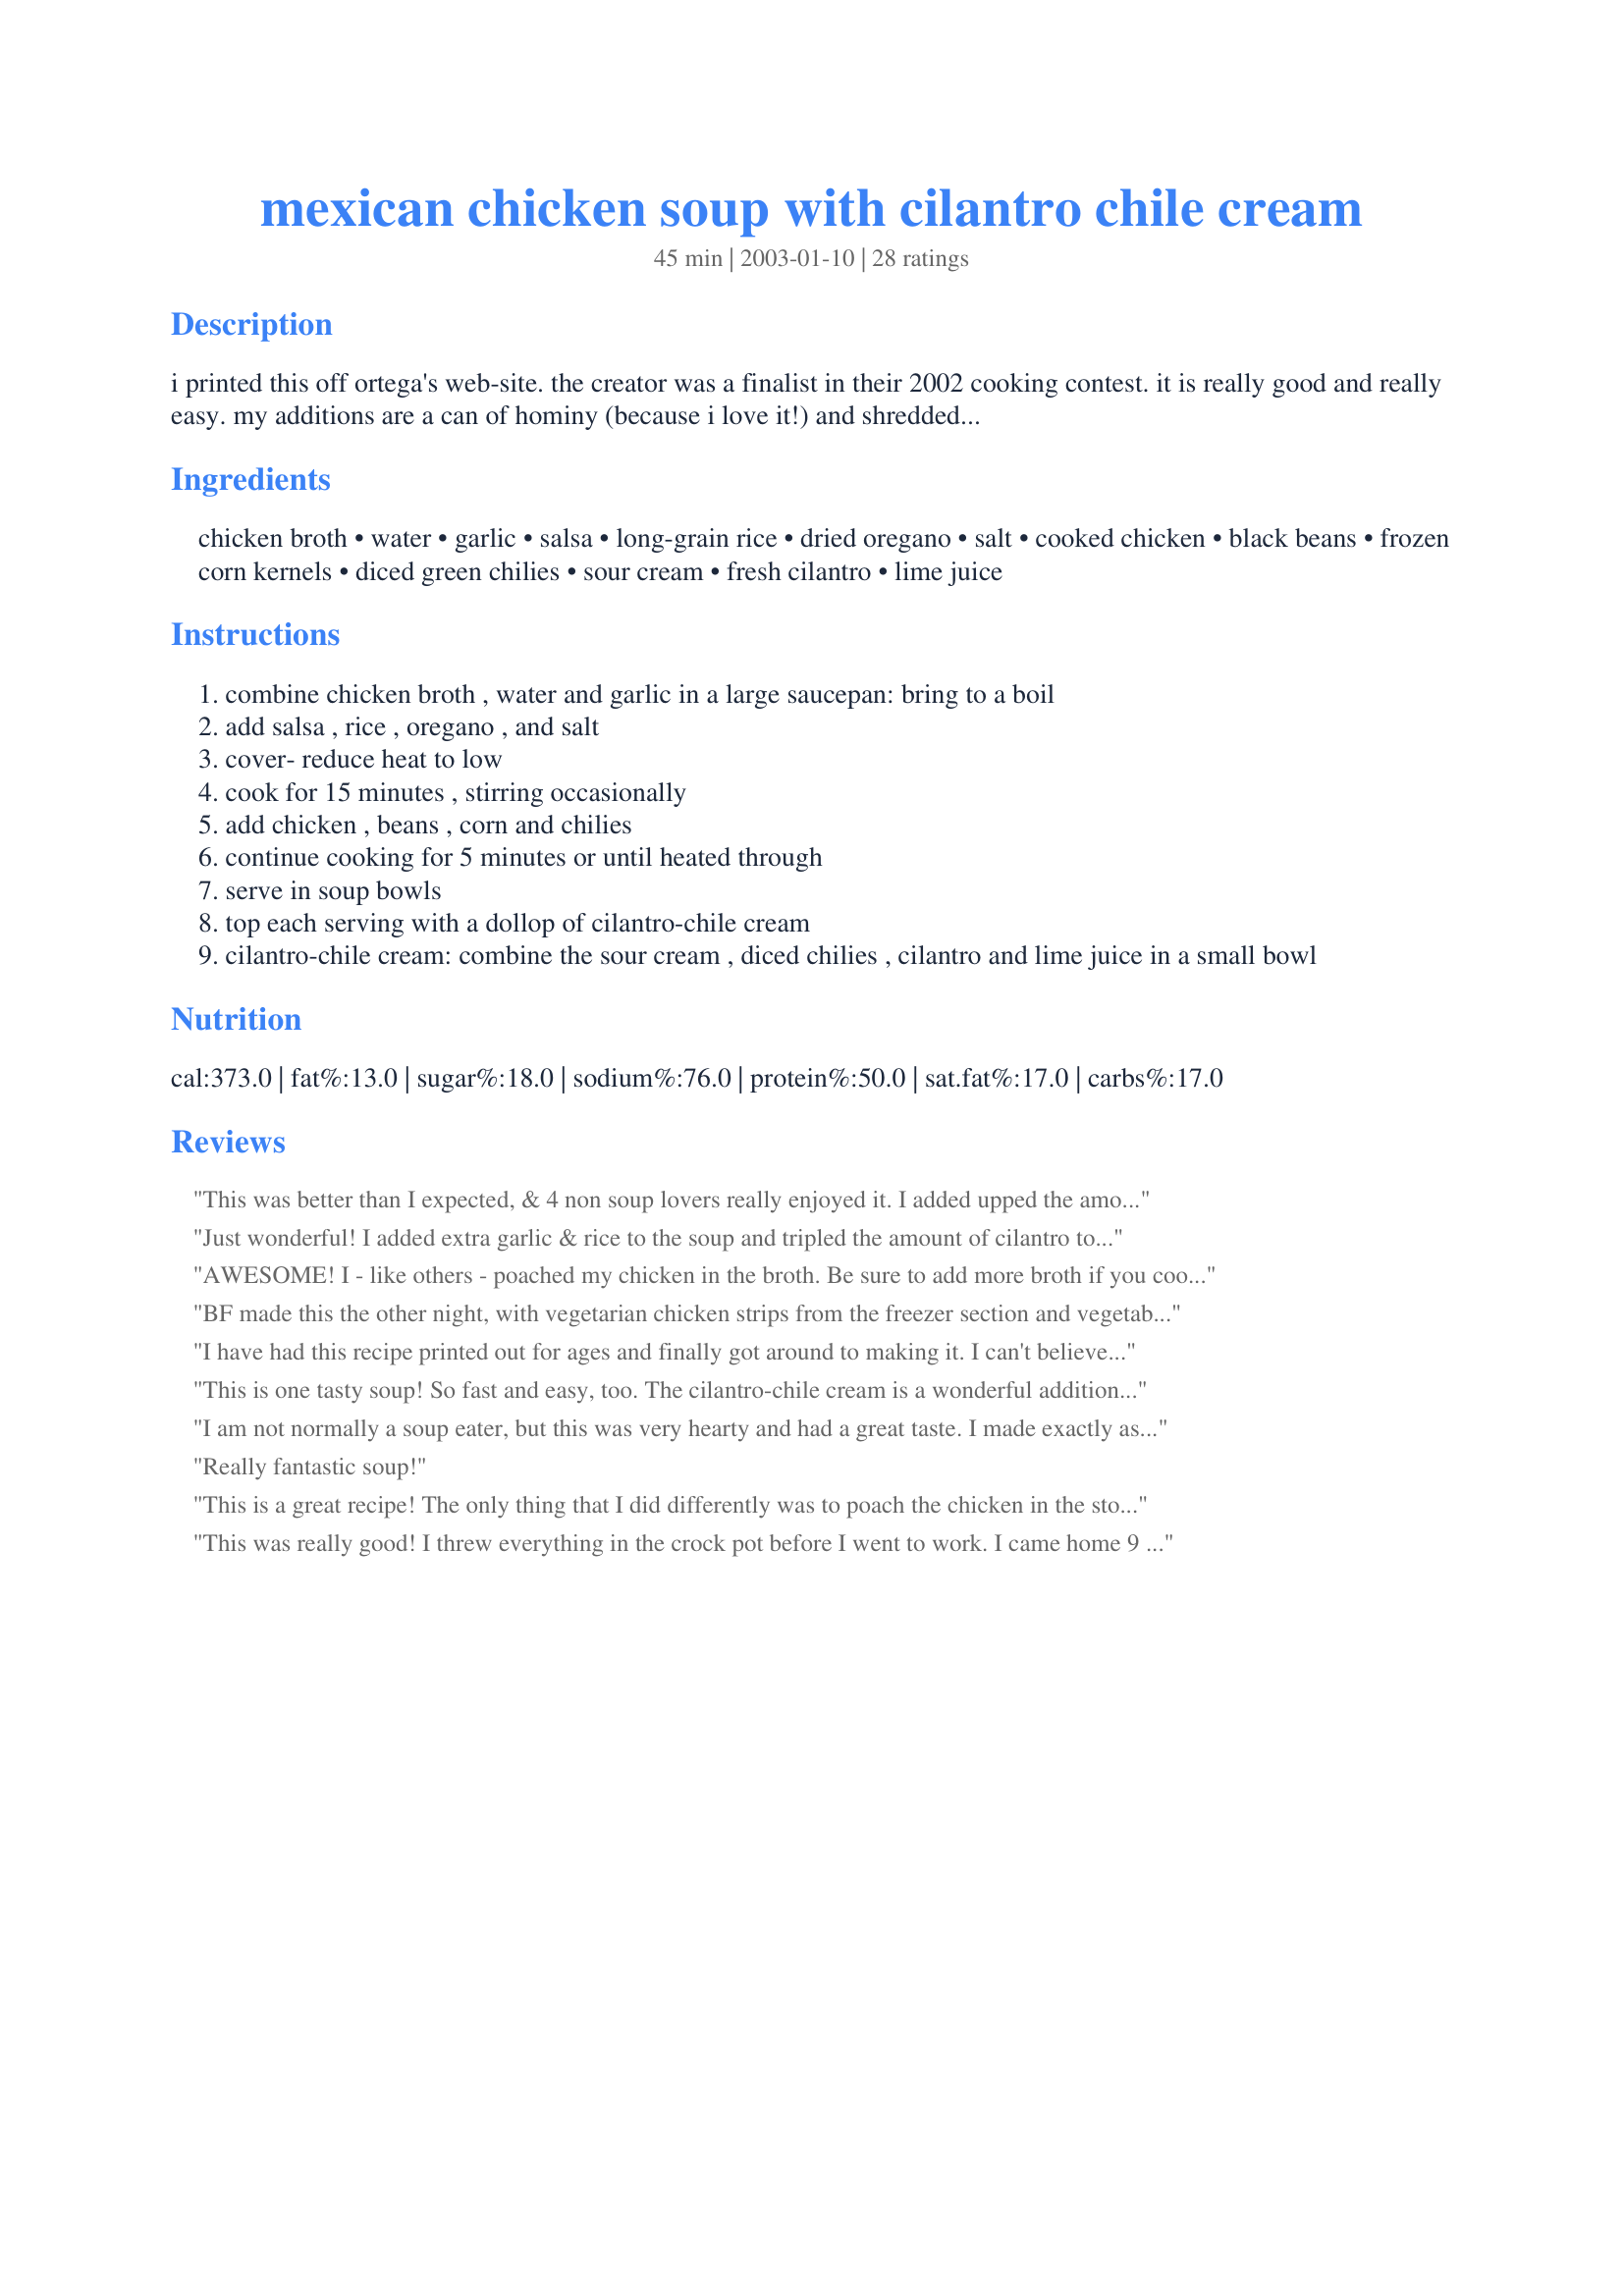
mexican chicken soup with cilantro chile cream
Preparation time: 45 minutes

i printed this off ortega's web-site. the creator was a finalist in their 2002 cooking contest. it is really good and really easy. my additions are a can of hominy (because i love it!) and shredded monty jack to top the soup. great with tortilla chips!

Ingredients:
chicken broth, water, garlic, salsa, long-grain rice, dried oregano, salt, cooked chicken, black beans, frozen corn kernels, diced green chilies, sour cream, fresh cilantro, lime juice

Steps:
combine chicken broth , water and garlic in a large saucepan: bring to a boil
add salsa , rice , oregano , and salt
cover- reduce heat to low
cook for 15 minutes , stirring occasionally
add chicken , beans , corn and chilies
continue cooking for 5 minutes or until heated through
serve in soup bowls
top each serving with a dollop of cilantro-chile cream
cilantro-chile cream: combine the sour cream , diced chilies , cilantro and lime juice in a small bowl

Reviews:
This was better than I expected, & 4 non soup lovers really enjoyed it. I added upped the amount of rice & made it a little less "soupy." Oh & some fried corn tortilla- yum.
Just wonderful!
I added extra garlic & rice to the soup and tripled the amount of cilantro to the cream sauce.
(Just a personal preferance, though)
Very simple to prepare and it did not take forever to make, which is nice.
This is a keeper. Just terrific!
Cheers!
AWESOME! I - like others - poached my chicken in the broth. Be sure to add more broth if you cook your chicken this way as some will evaporate. I used a medium hot salsa and the heat was perfect for us. For the sauce I used: 1 cup of sour cream, 2 tablespoons lime juice, the whole bunch of cilantro with the 4 oz can of chilies. I let the sauce come to room temperature so the flavors would meld well. I topped the soup with shredded jack cheese before adding the sauce. DO NOT SKIP THE SAUCE! It is (IMO) what makes this GREAT recipe a 5 star winner. Thanks for sharing MEP! I can't wait to share this with others.
BF made this the other night, with vegetarian chicken strips from the freezer section and vegetable broth. Instead of sour cream he used Greek yogurt. He didn't have enough salsa in the house so only added about half a jar, and he added too much cilantro to the cream sauce and did not chop it finely enough (as recipe specified). He didn't add any cilantro to his portion as he doesn't like it. Therefore I thought maybe I just shouldn't submit a review at all, but then we ate the leftovers, at which point he added extra salsa and kept the cilantro out of the cream sauce entirely. So, I decided it deserved 5 stars after all:D BF was particularly fond of this recipe, so I will be making it for him again. I like hominy too, so I might try that next time.
I have had this recipe printed out for ages and finally got around to making it. I can't believe I waited so long. This is a really great soup. The flavor is wonderful and it's really filling. I made the recipe exactly as stated except I used more cilantro just because we love it. As others have said, don't skip the sauce. It's the finishing touch. Thanks for a great recipe MEP.
This is one tasty soup! So fast and easy, too. The cilantro-chile cream is a wonderful addition, although it would look much better if it were pureed instead of just mixed together. Our leftovers soaked up all the liquid and turned into what was more like a casserole, but it was still delicious! A definite make-again. Thanks for posting!
I am not normally a soup eater, but this was very hearty and had a great taste. I made exactly as the recipe directs, although I'm sure I added more chicken. The soup has plenty of character and robust flavor on its own; the cilantro-chile sour cream gives it a richness and extra zip that everyone enjoyed. This will definately be made over and over in our house. Thanks for posting.
Really fantastic soup!
This is a great recipe! The only thing that I did differently was to poach the chicken in the stock at the start of the recipe. Many thanks for posting this one - it's a great winter warmer.
This was really good! I threw everything in the crock pot before I went to work. I came home 9 hours later and mixed up the sour cream mixture and dinner was served in no time flat. The only problem I had was the rice was still crunchy, but I'm sure that was because it was cooked in the crock pot. I used leftover turkey and some homemade chipotle salsa. I will definitely be making this again! Thanks MEP!

Amy
I was looking for a recipe to use some leftover turkey and cilantro I had. This was PERFECT!! I added about a cup more meat and skipped the rice. It was fantastic! My boyfriend loved it and even wants to try cooking it himself!! The cream sauce adds a great flavor burst to the entire dish! Easy, and delicious! Can't beat that!
I didn't care for this soup. I found it very bland. Sorry!
Very quick & easy, especially if you have leftover cooked chicken you want to use up. Watch out, though--I used extra-hot diced chilies and it was too spicy for some in my family. Next time I'll use the mild chilies.
Love it! I'm not much of a soup person, but this was so good and filling and had great flavor and spice! The cilantro chile cream really compliments the soup and I would not leave that out. We had it with some cheese and tortilla chips and made for a great meal. Thanks!
AWESOME! I followed the recipe almost exactly, using brown rice instead. I made sure I kept the lid on for at least 30 min. to insure the rice was cooked thoroughly and it was. I didn't have an extra can of green chilies for the cream so left them out & it was still yummy! Thanks!
My husband and I liked this quite a bit, and we didn't use the topping (didn't need the extra fat and calories). I did add a little mozzarella cheese to the top. Delish!! I took another reviewers advise and cooked the chicken in the broth first. Thanks.
I made this the day before for a daytona race party..it never made it..LOL..it was so good we ate it for that evenings dinner..Thanks..just had to make a second one..
Excellent flavor and sooo easy. I was pressed for time, so I used a store bought "Broaster" chicken. After deboning the chicken and shredding the meat I found that I used half the chicken for this dish so I saved the rest for another recipe. Loved the Sour Cream recipe - we used lowfat sour cream and it was great! Thanks for this easy and tasty recipe.
Delicious! Nice brothy soup, almost like a chicken tortilla. Next time I'd only use 1 can of green chiles though.
I loved the flavor combinations in this soup; some of my favorites.
I was pressed for time for this dinner, so I used 2 10 oz cans of chicken (Valley Fresh is the brand, I think), so it was ready in no time. Once the chicken gets swirling around in the rest of the yummy goodness, you can't tell it's canned chicken.
I even made the cilantro chile cream; wasn't sure I'd like that part, but it was great.
I happen to adore black beans, so I used a corn and black bean salsa in this.
I will most definitely make this again. Thanks! :)
Absolutely fantastic dish!! My family loved it. I was in a hurry so used canned chicken, added hominy as well. From grocery bags to table in 45min. I also used Newnams blackbean and corn salsa, and omg...it was wonderful. The cream was eaten with chips it was so good. The only question I had was wether it should be cooked or uncooked rice. I used brown rice and it didnt completely cook. Otherwise, great, will be a definate staple on my menu!!
All I can say is WOW. If you like spicy Southwestern meals, you must try this. The heat is there, but it is not overpowering. Extremely flavorful, this stew is also colorfully textural. Hard to believe it was so easy to make. I'm just glad I managed to save enough of this for leftovers for tomorrow!
This was a delicious and hearty soup that warms the soul on a cold winter night. The cilantro cream adds just the right richness, without making the soup too heavy. I garnished with avocado slices, which were a nice contrast.
Thank you for sharing this great recipe that will go in my keeper file for sure, MEP.
This is now my favorite meal. Switch out the green chilies with jalepenos if you want more spice, and don't forget the tortilla chips!
Simply delicious! Made this as a quick dinner. Hubby loves it even though he doesn't like black beans. Just the right amount of heat. I'll be making this again.
Fantastic! We really enjoyed this soup. Very easy to make. Made a double batch and used one jar of hot habanero salsa and one jar of medium salsa. Used left over rice, so put it in at the same time as the chicken. Served with corn chips. Thanks for the recipe!
Yummy and Easy! the only thing I did different was to leave out the corn. I made it to take to work for lunch and just added the cilantro chile cream all at once. and I added some mexican blend shredded cheese before serving.
Wow!! This is really a snap to put together & it's excellent. Thanks for a keeper!!
